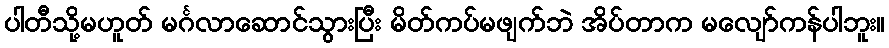
ပါတီသို့မဟူတ် မင်္ဂလာဆောင်သွားပြီး မိတ်ကပ်မဖျက်ဘဲ အိပ်တာက မလျော်ကန်ပါဘူး။